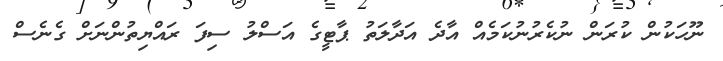
ނޫހަކުން ކުރަން ނުކެރުނުކަމެއް އާދެ އަދާލަތު ޕާޓީގެ އަސްލު ސިފަ ރައްޔިތުންނަށް ގެނެސް